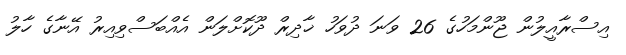
އިސްރާއީލުން ޖޫންމަހުގެ 26 ވަނަ ދުވަހު ޚާދިރް ދޫކޮށްލަން އެއްބަސްވިއިރު އޭނާގެ ހާލު